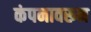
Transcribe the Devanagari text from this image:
कंपनावरून